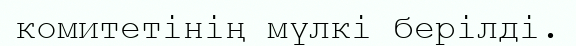
комитетінің мүлкі берілді.